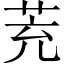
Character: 茺